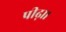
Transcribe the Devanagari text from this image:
पीढ़ा।